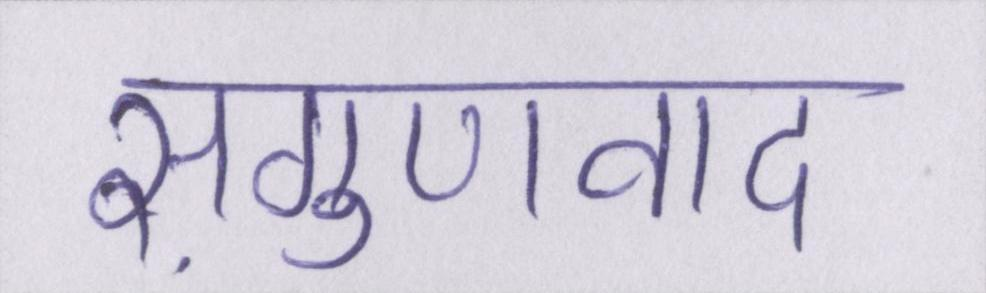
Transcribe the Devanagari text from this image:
सगुणवाद